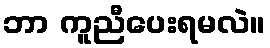
ဘာ ကူညီပေးရမလဲ။